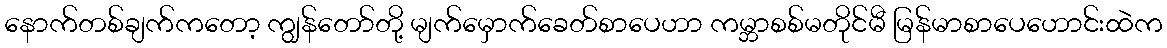
နောက်တစ်ချက်ကတော့ ကျွန်တော်တို့ မျက်မှောက်ခေတ်စာပေဟာ ကမ္ဘာစစ်မတိုင်မီ မြန်မာစာပေဟောင်းထဲက